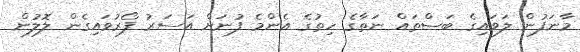
މާނަފުން ލަވައިގެ ބަސްތައް ނަތާގެ ހިތުގެ އެންމެ ފުނަށް އަސަރު ފޯރުވައިގެން ލޮލުން